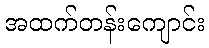
အထက်တန်းကျောင်း